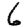
Digit: 6